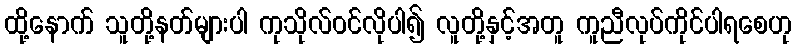
ထို့နောက် သူတို့နတ်များပါ ကုသိုလ်ဝင်လိုပါ၍ လူတို့နှင့်အတူ ကူညီလုပ်ကိုင်ပါရစေဟု